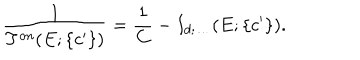
\displaystyle \frac { 1 } { T ^ { o n } ( E ; \{ c ^ { \prime } \} ) } = \displaystyle \frac { 1 } { C } - I _ { d ; \ldots } ( E ; \{ c ^ { \prime } \} ) .